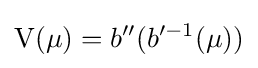
\operatorname {V} (\mu )=b''(b'^{-1}(\mu ))